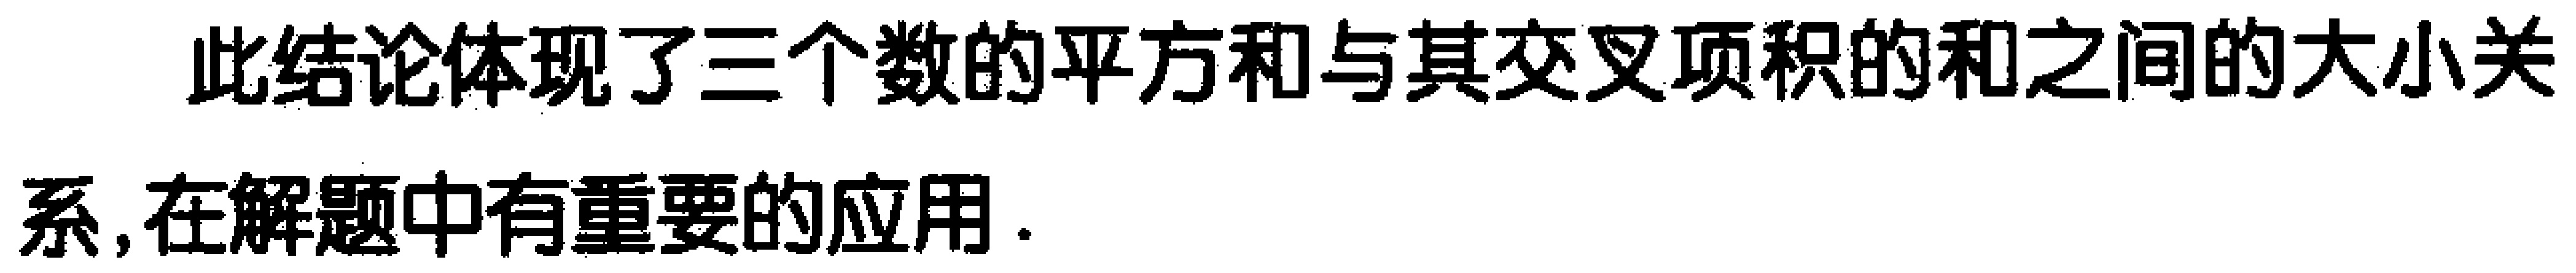
此结论体现了三个数的平方和与其交叉项积的和之间的大小关系,在解题中有重要的应用.